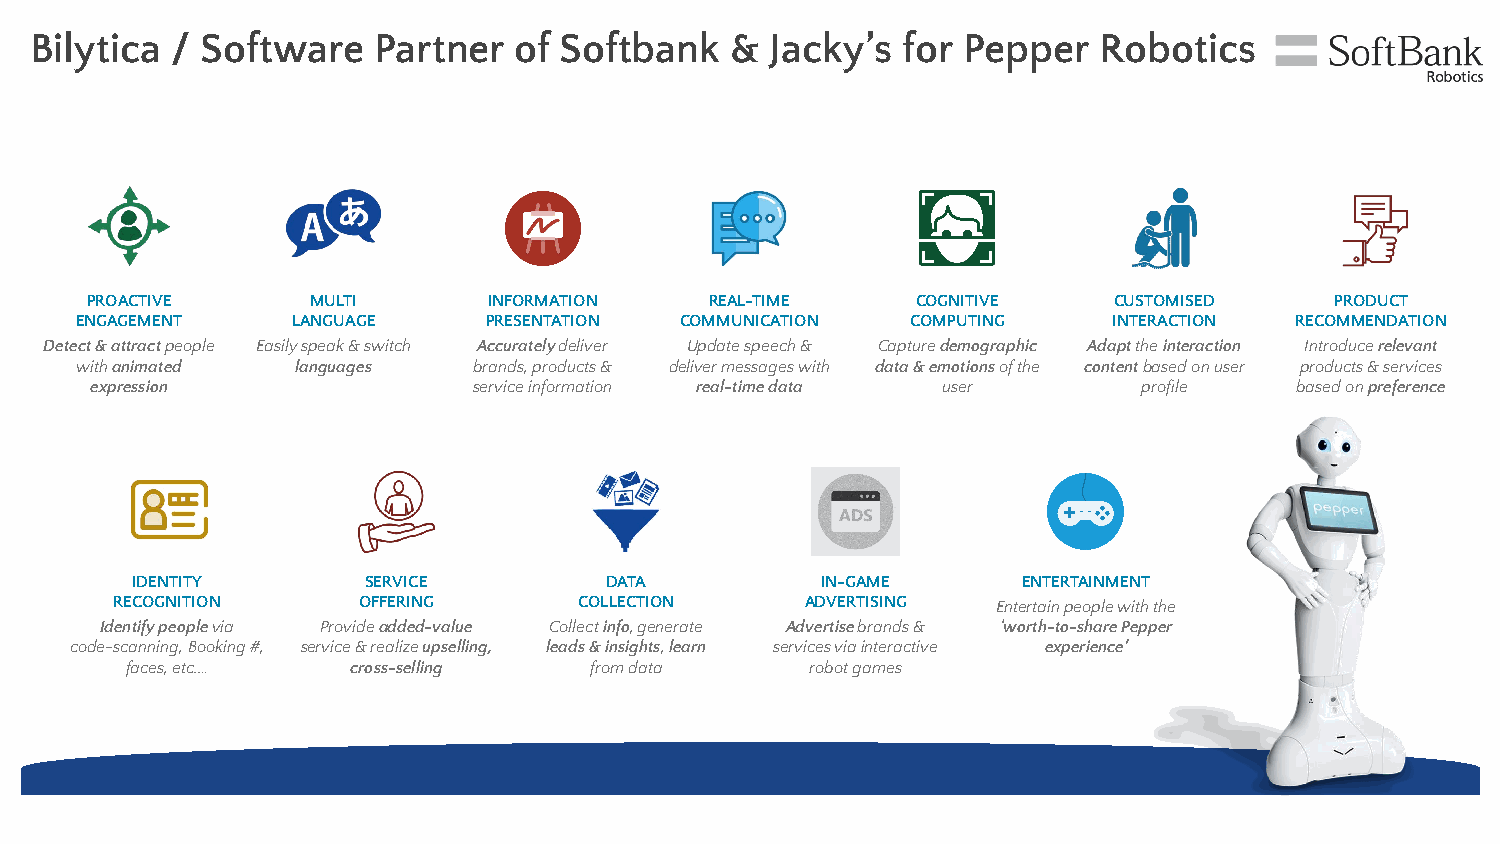
Bilytica / Software    Partner  of Softbank   &  Jacky’s  for Pepper   Robotics
 PROACTIVE      MULTI      INFORMATION    REAL-TIME     COGNITIVE    CUSTOMISED    PRODUCT
 ENGAGEMENT    LANGUAGE     PRESENTATION COMMUNICATION  COMPUTING     INTERACTION RECOMMENDATION
 Detect & attract people Easily speak & switch Accurately deliver Update speech & Capture demographic Adapt the interaction Introduce relevant
 with animated  languages  brands, products & deliver messages with data & emotions of the content based on user products & services
 expression               service information real-time data user      profile   based on preference
 IDENTITY       SERVICE         DATA          IN-GAME       ENTERTAINMENT
 RECOGNITION     OFFERING      COLLECTION     ADVERTISING  Entertain people with the
 Identify people via Provide added-value Collect info, generate Advertise brands & ‘worth-to-share Pepper
 code-scanning, Booking #, service & realize upselling, leads & insights, learn services via interactive experience’
 faces, etc.…   cross-selling   from data      robot games